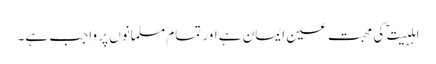
اہلبیت ؑ کی محبت عین ایمان ہے اور تمام مسلمانوں پر واجب ہے۔